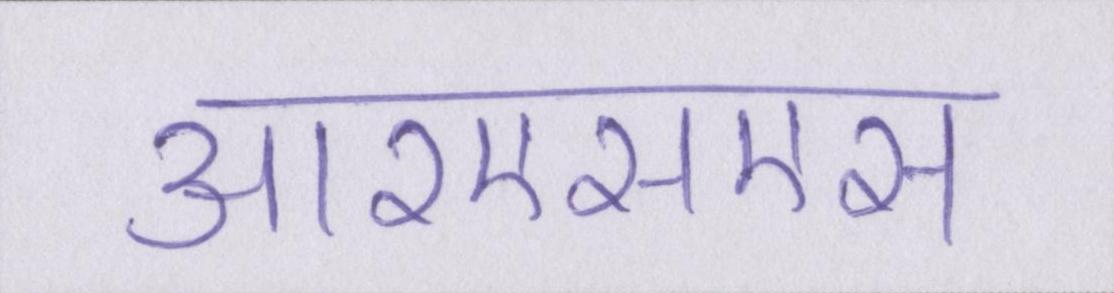
आरएसएस